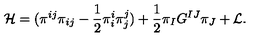
{ \cal { H } } = ( \pi ^ { i j } \pi _ { i j } - \frac { 1 } { 2 } \pi _ { i } ^ { i } \pi _ { j } ^ { j } ) + \frac { 1 } { 2 } \pi _ { I } G ^ { I J } \pi _ { J } + { \cal { L } } .